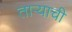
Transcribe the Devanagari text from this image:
ताऱ्‍याची